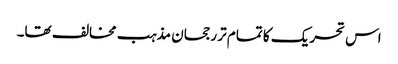
اس تحریک کا تمام تر رجحان مذہب مخالف تھا۔